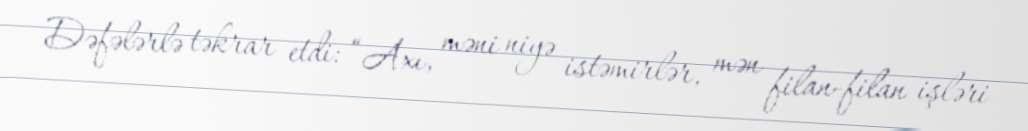
Dəfələrlə təkrar etdi: “Axı, məni niyə istəmirlər, mən filan-filan işləri